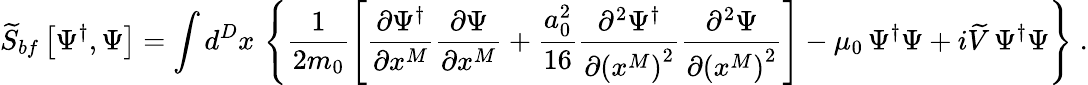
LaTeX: \widetilde{S}_{bf}\left[\Psi^{\dagger},\Psi\right]=\int d^{D}x\, \left\{ \frac{1}{2m_{0}}\left[\frac{\partial\Psi^{\dagger}}{\partial x^{M}}\frac{\partial\Psi}{\partial x^{M}}+\frac{a_{0}^{2}}{16}\frac{\partial^{2}\Psi^{\dagger}}{\partial\left(x^{M}\right)^{2}}\frac{\partial^{2}\Psi}{\partial\left(x^{M}\right)^{2}}\right]-\mu_{0}\, \Psi^{\dagger}\Psi+i\widetilde{V}\, \Psi^{\dagger}\Psi\right\} \; .